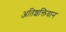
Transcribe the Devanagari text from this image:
अतिशक्तिवान